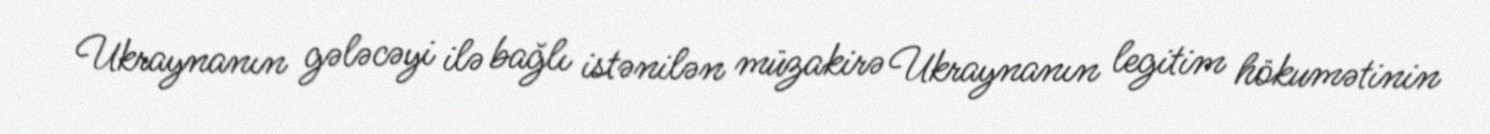
Ukraynanın gələcəyi ilə bağlı istənilən müzakirə Ukraynanın legitim hökumətinin